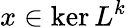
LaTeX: x\in\ker L^{k}